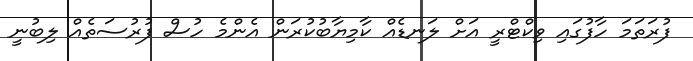
ފުރަތަމަ ހާފުގައި ވިކްޓްރީ އަށް ލަނޑެއް ކާމިޔާބުކުރަން އެންމެ ހުސް ފުރުސަތެއް ލިބުނީ